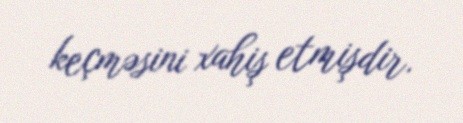
keçməsini xahiş etmişdir.